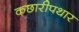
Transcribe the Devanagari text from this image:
कछारीपथार